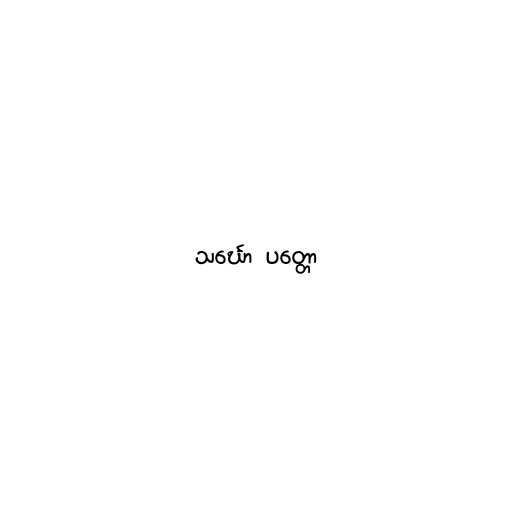
သင်္ဃော  ပတ္တော